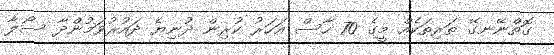
ގޮތްނޭނގޭ ތަރިތަކެއް މީގެ 70 ހާސް އަހަރު ކުރިން ދުނިޔެ ދައުރުވަމުންދާ ސޯލާ